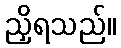
ညှိရသည်။